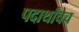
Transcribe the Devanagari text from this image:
पदार्थांचेच